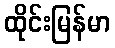
ထိုင်းမြန်မာ